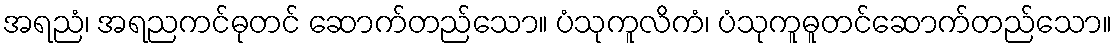
အရညံ၊ အရညကင်ဓုတင် ဆောက်တည်သော။ ပံသုကူလိကံ၊ ပံသုကူဓူတင်ဆောက်တည်သော။